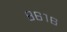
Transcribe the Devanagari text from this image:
८६१६